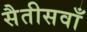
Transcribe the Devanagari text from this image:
सैतीसवाँ